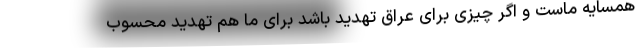
همسایه ماست و اگر چیزی برای عراق تهدید باشد برای ما هم تهدید محسوب